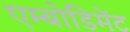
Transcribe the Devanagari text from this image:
एम्बोडिमेंट